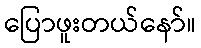
ပြောဖူးတယ်နော်။